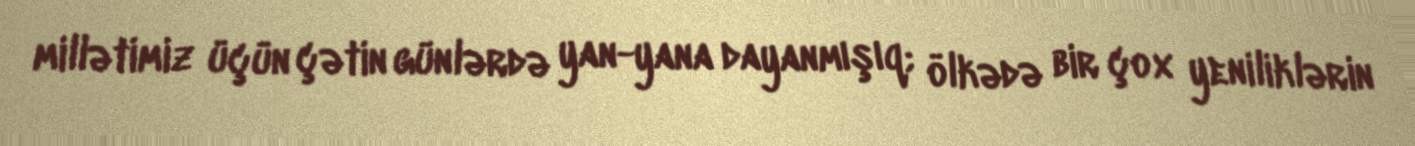
millətimiz üçün çətin günlərdə yan-yana dayanmışıq; ölkədə bir çox yeniliklərin